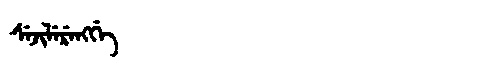
Manchu: ᠰᡝᠵᡳᠯᡝᡵᡝᠩᡤᡝ
Romanization: SEJILERENGGE